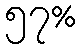
၅၇%